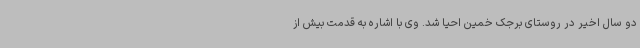
دو سال اخیر در روستای برجک خمین احیا شد. وی با اشاره به قدمت بیش از